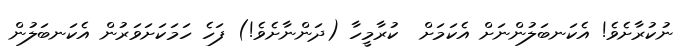
ނުކުރާށެވެ! އެކަނބަލުންނަށް އެކަމަށް  ކުރާމީހާ (ދަންނާށެވެ!) ފަހެ ހަމަކަށަވަރުން އެކަނބަލުން